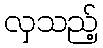
လှသည့်